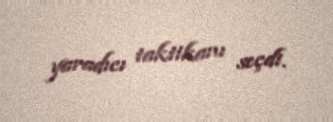
yaradıcı taktikanı seçdi.